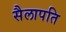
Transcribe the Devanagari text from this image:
सैलापति